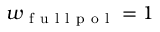
w _ { \mathrm { ~ f ~ u ~ l ~ l ~ p ~ o ~ l ~ } } = 1